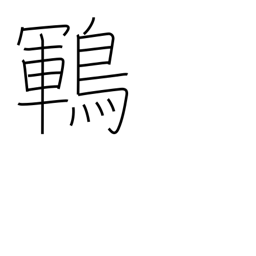
Meaning: type of black songbird